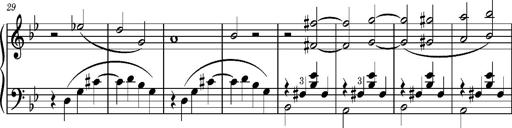
Title: TrÃ¼be Wolken
Composer: Franz Liszt